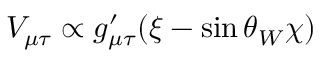
V _ { \mu \tau } \propto g _ { \mu \tau } ^ { \prime } ( \xi - \sin \theta _ { W } \chi )